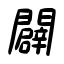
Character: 闢